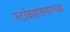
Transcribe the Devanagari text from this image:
स्टॉकहोमसारख्या